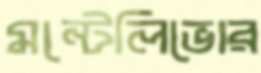
মন্টেলিভোর